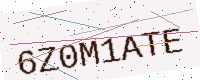
Text: 6Z0M1ATE